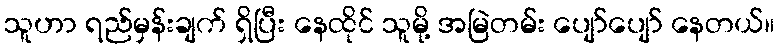
သူဟာ ရည်မှန်းချက် ရှိပြီး နေထိုင် သူမို့ အမြဲတမ်း ပျော်ပျော် နေတယ်။